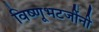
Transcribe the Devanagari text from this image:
विष्णूभटजींनी